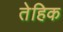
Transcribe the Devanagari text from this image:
तेहिक